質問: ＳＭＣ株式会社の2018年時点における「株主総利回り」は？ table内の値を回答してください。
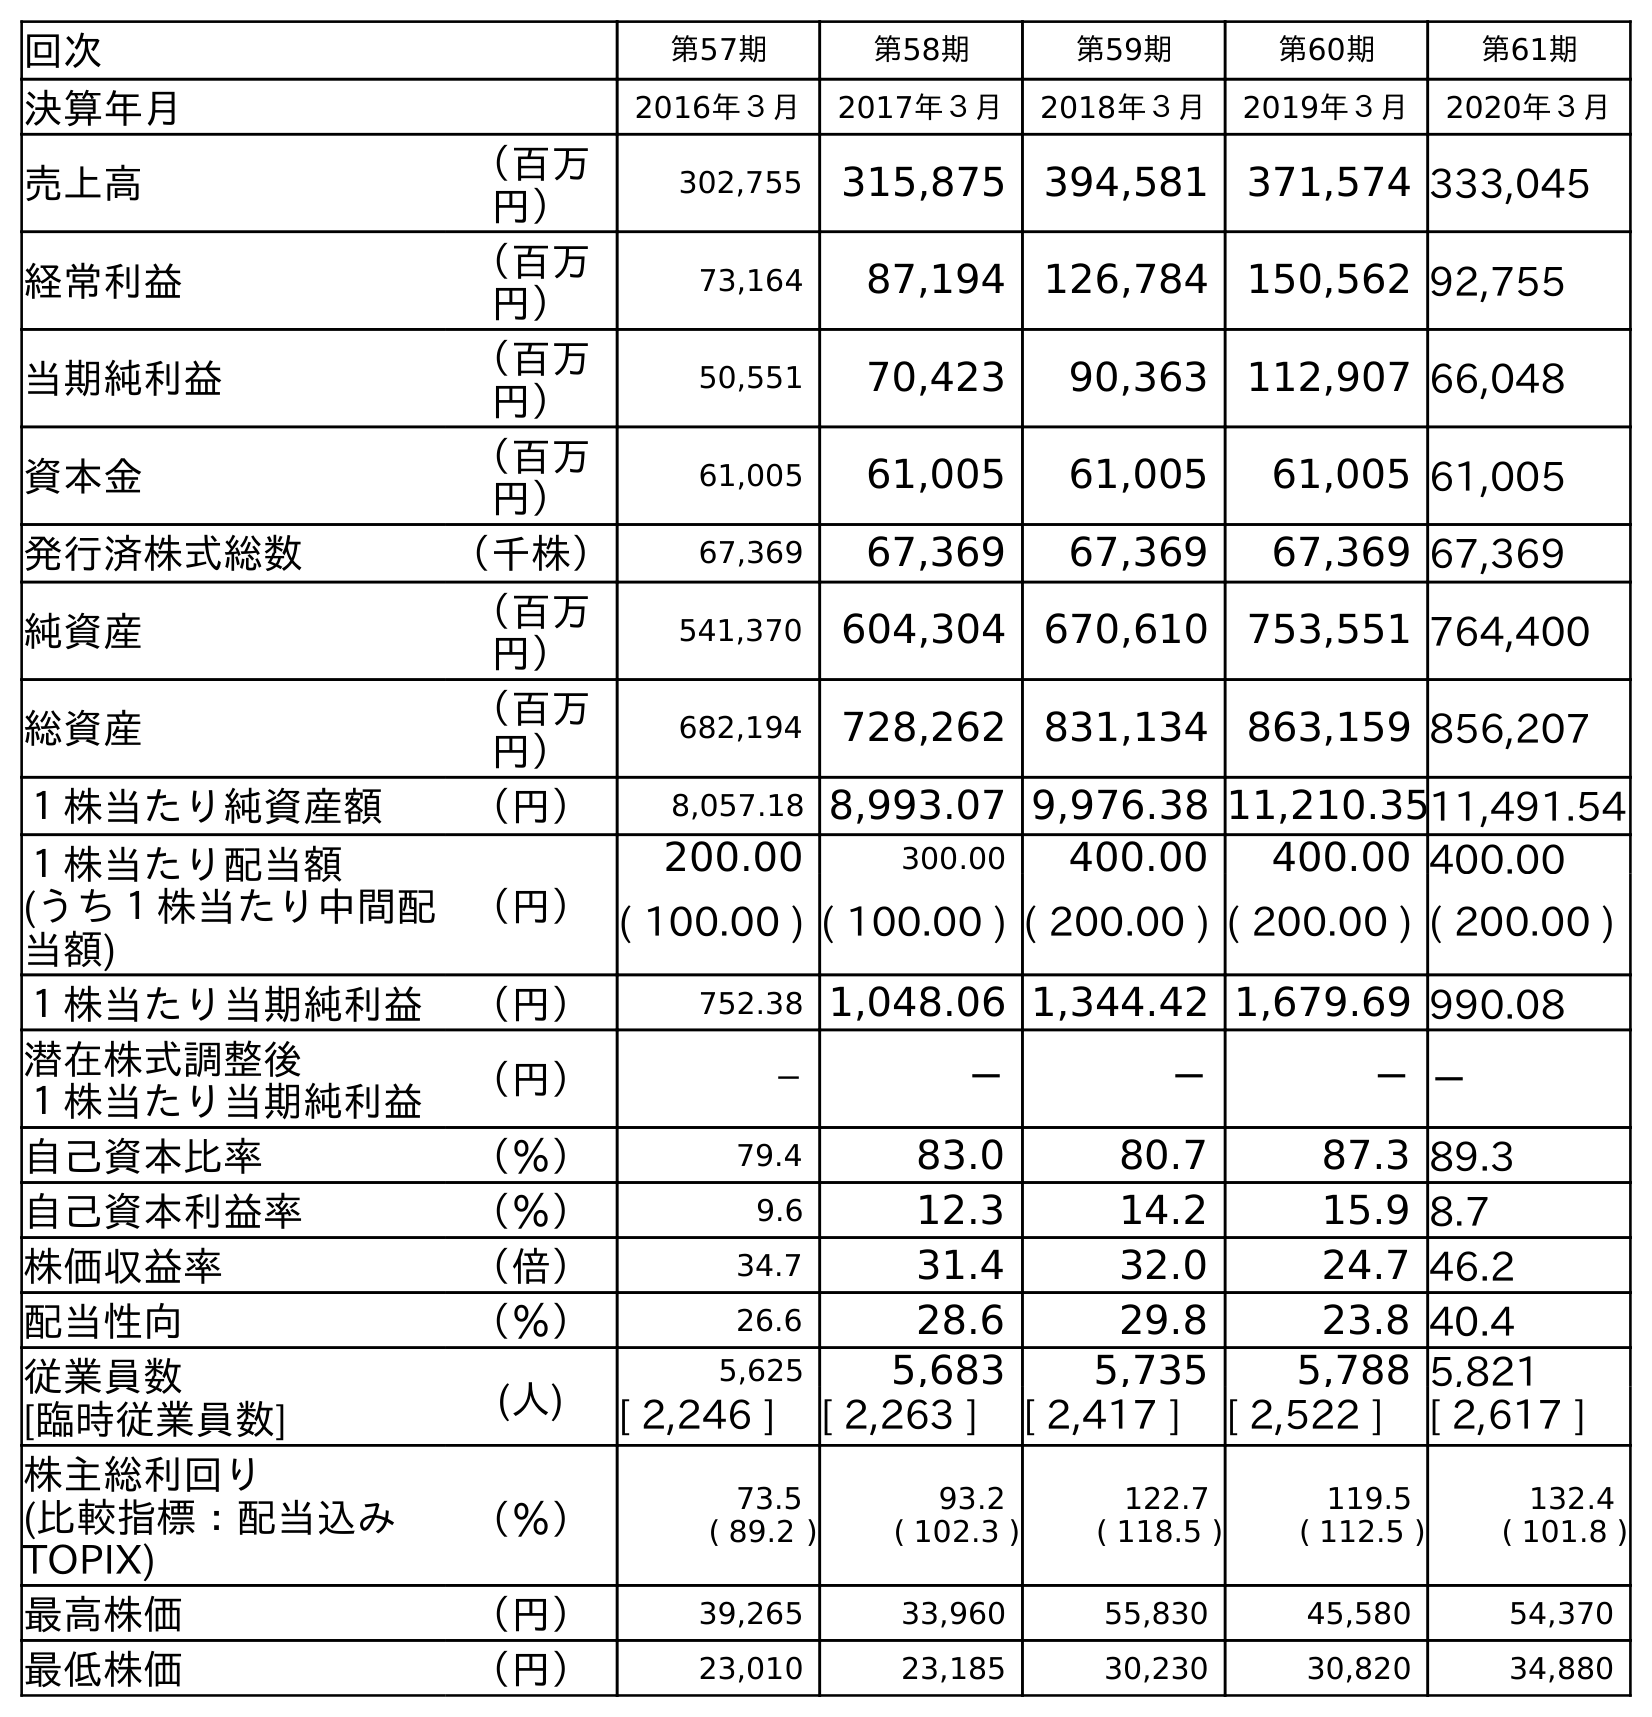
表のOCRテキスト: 回次 第57期 第58期 第59期 第60期 第61期 決算年月 2016年３月 2017年３月 2018年３月 2019年３月 2020年３月 売上高 （百万 円） 302,755 315,875 394,581 371,574 333,045 経常利益 （百万 円） 73,164 87,194 126,784 150,562 92,755 当期純利益 （百万 円） 50,551 70,423 90,363 112,907 66,048 資本金 （百万 円） 61,005 61,005 61,005 61,005 61,005 発行済株式総数 （千株） 67,369 67,369 67,369 67,369 67,369 純資産 （百万 円） 541,370 604,304 670,610 753,551 764,400 総資産 （百万 円） 682,194 728,262 831,134 863,159 856,207 １株当たり純資産額 （円） 8,057.18 8,993.07 9,976.38 11,210.3511,491.54 １株当たり配当額 (うち１株当たり中間配 当額) （円） 200.00 300.00 400.00 400.00 400.00 ( 100.00 ) ( 100.00 ) ( 200.00 ) ( 200.00 ) ( 200.00 ) １株当たり当期純利益 （円） 752.38 1,048.06 1,344.42 1,679.69 990.08 潜在株式調整後 １株当たり当期純利益 （円） － － － －－ 自己資本比率 （％） 79.4 83.0 80.7 87.3 89.3 自己資本利益率 （％） 9.6 12.3 14.2 15.9 8.7 株価収益率 （倍） 34.7 31.4 32.0 24.7 46.2 配当性向 （％） 26.6 28.6 29.8 23.8 40.4 従業員数 [臨時従業員数] (人) 5,625 5,683 5,735 5,788 5,821 [ 2,246 ] [ 2,263 ] [ 2,417 ] [ 2,522 ] [ 2,617 ] 株主総利回り (比較指標：配当込み TOPIX) （％） 73.5 ( 89.2 ) 93.2 ( 102.3 ) 122.7 ( 118.5 ) 119.5 ( 112.5 ) 132.4 ( 101.8 ) 最高株価 （円） 39,265 33,960 55,830 45,580 54,370 最低株価 （円） 23,010 23,185 30,230 30,820 34,880
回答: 122.7(118.5)